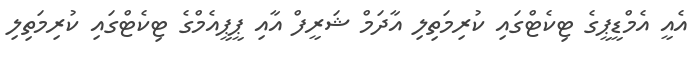
އެއީ އެމްޑީޕީގެ ޓިކެޓްގައި ކުރިމަތިލި އާދަމް ޝަރީފް އާއި ޕީޕީއެމްގެ ޓިކެޓްގައި ކުރިމަތިލި